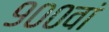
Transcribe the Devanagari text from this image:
९००वां